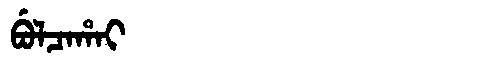
Manchu: ᠪᡠᠯᠴᠠᡥᠠᡳ
Romanization: BULCAHAI